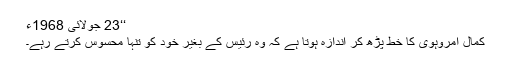
‘‘23 جولائی 1968ء
کمال امروہوی کا خط پڑھ کر اندازہ ہوتا ہے کہ وہ رئیس کے بغیر خود کو تنہا محسوس کرتے رہے۔